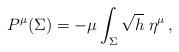
LaTeX: \begin{align*}P^\mu (\Sigma) = - \mu \int_{\Sigma} \sqrt{h} \; \eta^\mu\,,\end{align*}